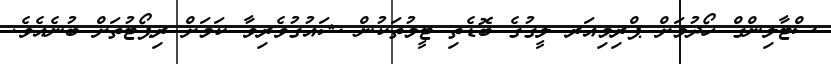
ސްޓާލިންގް ހޯދުމަށް ޕްރިމިއަރ ލީގުގެ ބޮޑެތި ޓީމުތަކުން ޝައުގުވެރިވާ ކަމަށް ރިޕޯޓުތަށް ބުނެއެވެ.